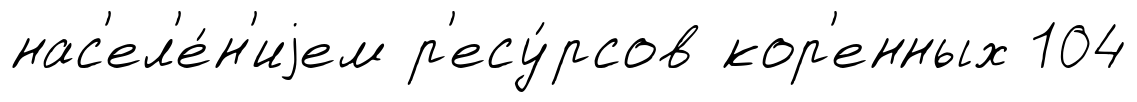
нас'ел'е́н'иjем р'есу́рсов кор'енных 104